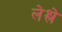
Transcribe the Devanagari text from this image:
लेश्ले